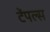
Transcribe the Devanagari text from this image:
टेंपल्स